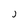
Character: j